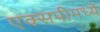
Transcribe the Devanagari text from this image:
एक्सपीमध्ये